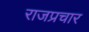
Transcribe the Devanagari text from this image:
राजप्रचार